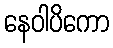
နေဝါပိကော